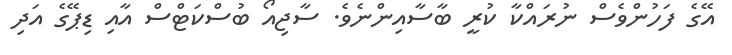
އޭގެ ފަހުންވެސް ނުރައްކާ ކުރީ ބާސާއިންނެވެ. ސާޖިއޯ ބުސްކަޓްސް އާއި ޑިޕޭގެ އަދި